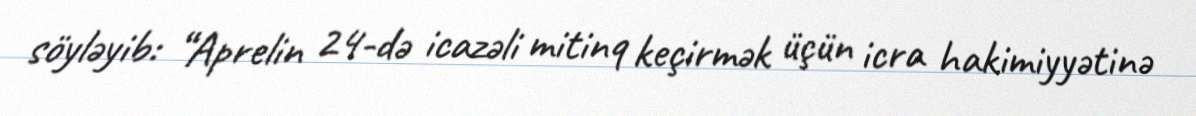
söyləyib: “Aprelin 24-də icazəli mitinq keçirmək üçün icra hakimiyyətinə